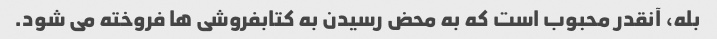
بله، آنقدر محبوب است که به محض رسیدن به کتابفروشی ها فروخته می شود.